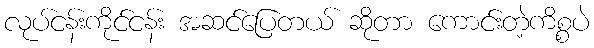
လုပ်ငန်းကိုင်ငန်း အဆင်ပြေတယ် ဆိုတာ ကောင်းတဲ့ကိစ္စပဲ